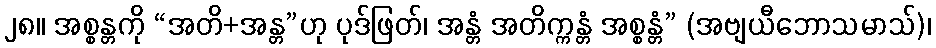
၂၈။ အစ္စန္တကို “အတိ+အန္တ”ဟု ပုဒ်ဖြတ်၊ အန္တံ အတိက္ကန္တံ အစ္စန္တံ” (အဗျယီဘောသမာသ်)၊